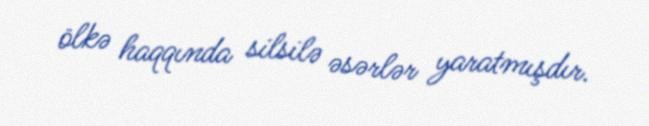
ölkə haqqında silsilə əsərlər yaratmışdır.